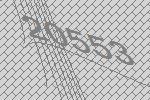
20553